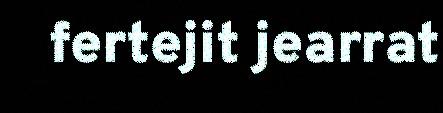
fertejit jearrat